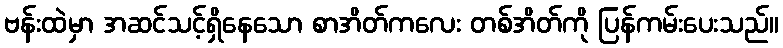
ဗန်းထဲမှာ အဆင်သင့်ရှိနေသော စာအိတ်ကလေး တစ်အိတ်ကို ပြန်ကမ်းပေးသည်။